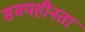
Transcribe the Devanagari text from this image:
समयहीनता